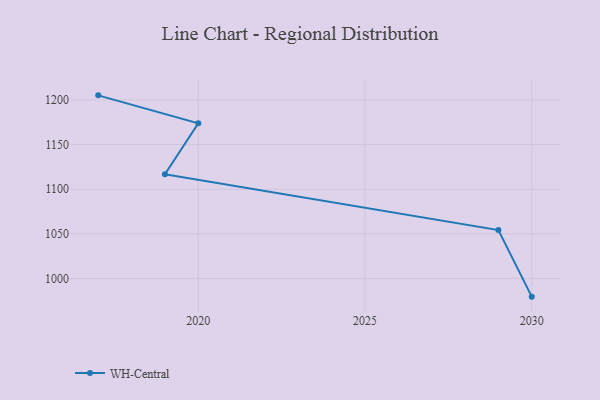
{"axis": {"x": "Year", "y": "Operating Costs (USD K)"}, "legend": ["WH-Central"], "data": [{"x": "2030", "y": 979.8, "type": "WH-Central"}, {"x": "2029", "y": 1054.3, "type": "WH-Central"}, {"x": "2019", "y": 1116.8, "type": "WH-Central"}, {"x": "2020", "y": 1173.9, "type": "WH-Central"}, {"x": "2017", "y": 1205.1, "type": "WH-Central"}]}